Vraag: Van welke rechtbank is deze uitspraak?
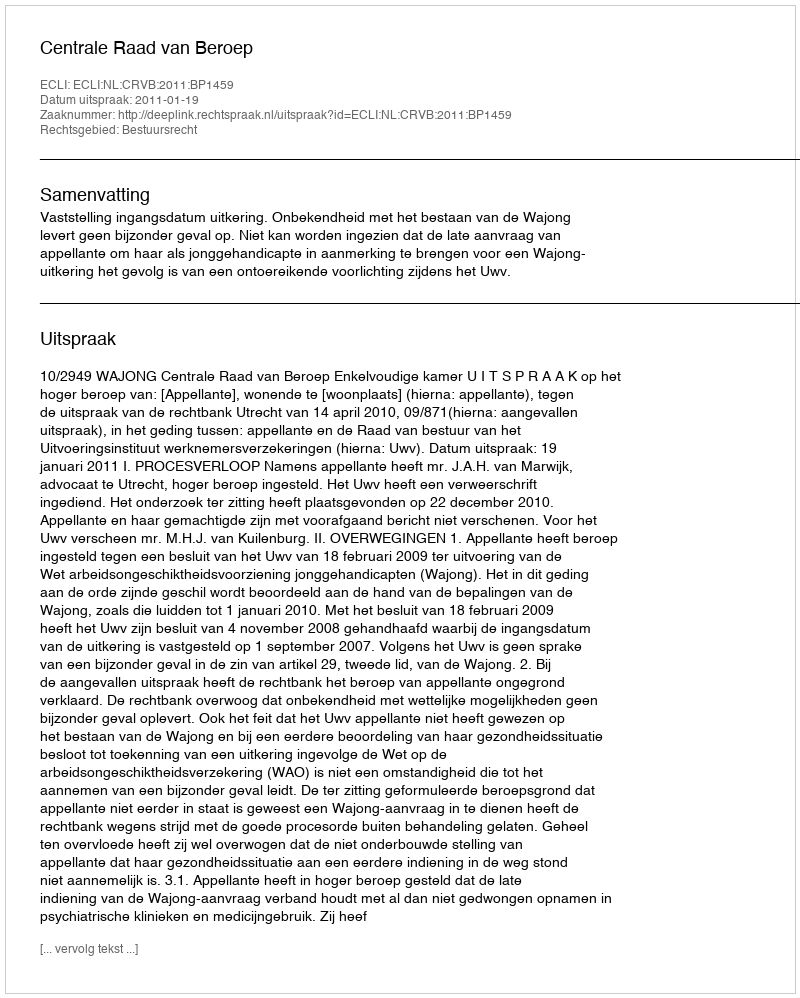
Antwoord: Centrale Raad van Beroep